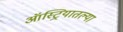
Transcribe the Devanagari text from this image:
ऑस्ट्रियातल्या